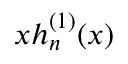
x h _ { n } ^ { ( 1 ) } ( x )